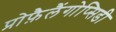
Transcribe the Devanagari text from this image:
प्रोफ़ैलैंगोप्सिडी